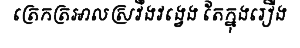
ត្រេកត្រអាលស្រវឹងវង្វេង តែក្នុងរឿង